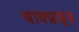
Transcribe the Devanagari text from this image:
वाक्प्रसून